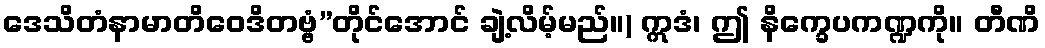
ဒေသိတံနာမာတိဝေဒိတဗ္ဗံ”တိုင်အောင် ချဲ့လိမ့်မည်။) ဣဒံ၊ ဤ နိက္ခေပကဏ္ဍကို။ တီဏိ